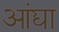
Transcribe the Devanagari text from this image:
आंद्या